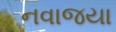
નવાજયા